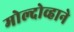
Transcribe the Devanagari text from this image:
मोल्दोव्हाने